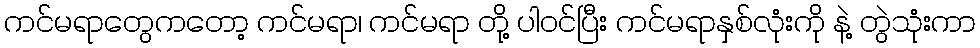
ကင်မရာတွေကတော့ ကင်မရာ၊ ကင်မရာ တို့ ပါ၀င်ပြီး ကင်မရာနှစ်လုံးကို နဲ့ တွဲသုံးကာ